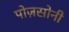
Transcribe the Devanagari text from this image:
पोज़सोनी